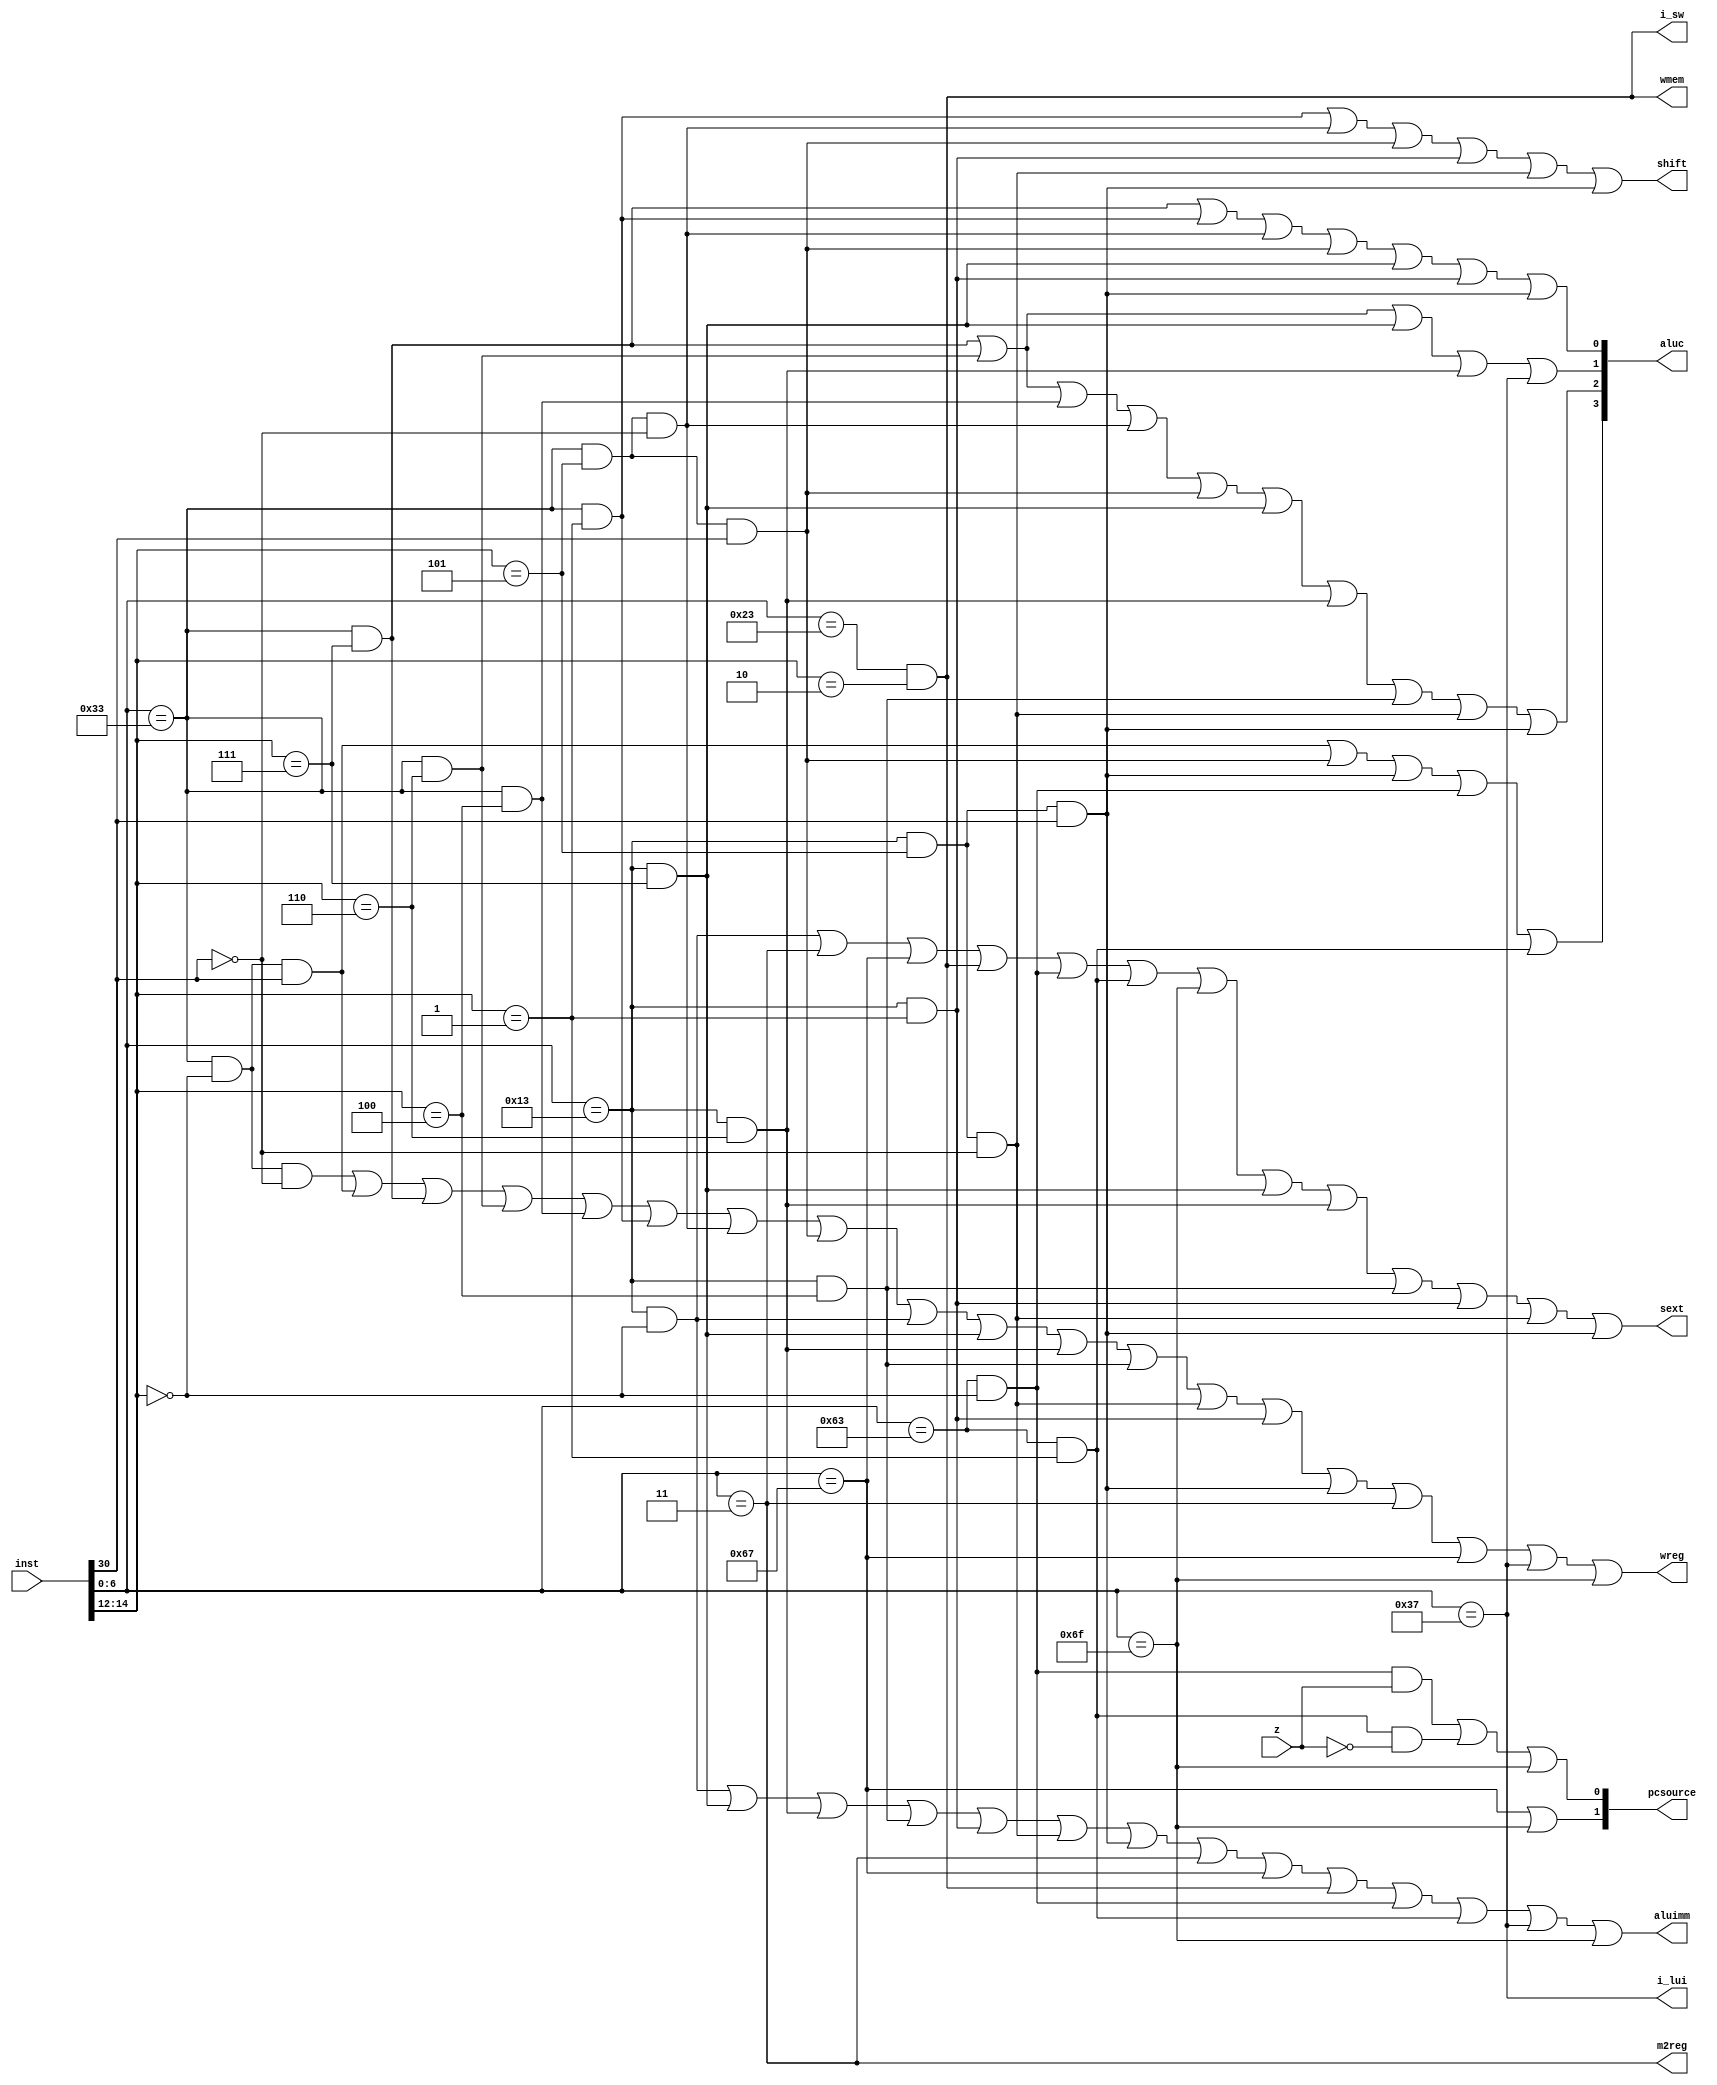
module sc_cu (inst, z, wmem, wreg,  m2reg, aluc, 
              aluimm, pcsource, sext,i_lui,i_sw,shift);
   input  [31:0] inst;
   input        z;
   output       wreg,m2reg,aluimm,sext,wmem,i_lui,i_sw,shift;
   output [3:0] aluc;
   output [1:0] pcsource;
   wire [6:0] op = inst[6:0];
   wire [2:0] func3 = inst[14:12];
   wire [6:0] func7 = inst[31:25];
   
   wire r_type = (op == 7'b0110011);
   wire i_type = (op == 7'b0010011);
   //R type
   wire i_add = r_type &  (func3 == 3'b000 ) & ~inst[30];           //0000
   wire i_sub = r_type &  (func3 == 3'b000 )& inst[30];             //0001
      


   //  please complete the deleted code.
   
   
   wire i_and = r_type & (func3 == 3'b111 );          //111
   wire i_or  = r_type & (func3 == 3'b110 );          //110
   wire i_xor = r_type & (func3 == 3'b100 );          //100
   wire i_sll = r_type & (func3 == 3'b001 );          //001
   wire i_srl = r_type & (func3 == 3'b101 ) & ~inst[30];          //101,0
   wire i_sra = r_type & (func3 == 3'b101 ) &  inst[30];          //101,1

   //I type
   wire i_addi = i_type & (func3 == 3'b000 );          //000
   wire i_andi = i_type & (func3 == 3'b111 );          //111
   wire i_ori  = i_type & (func3 == 3'b110 );          //110      
   wire i_xori = i_type & (func3 == 3'b100 );          //100
   wire i_slli = i_type & (func3 == 3'b001 );          //001
   wire i_srli = i_type & (func3 == 3'b101 ) & ~inst[30];          //101,0
   wire i_srai = i_type & (func3 == 3'b101 ) &  inst[30];          //101,1

   wire i_lw   = (op == 7'b0000011);
   wire i_jalr = (op == 7'b1100111);     

   //S type
   wire i_sw   = (op == 7'b0100011) & (func3 == 3'b010);
   //SB type 
   wire i_beq  = (op == 7'b1100011) & (func3 == 3'b000);
   wire i_bne  = (op == 7'b1100011) & (func3 == 3'b001);
   //U type 
   wire i_lui  =  (op == 7'b0110111);
   //UJ type
   wire i_jal  =  (op == 7'b1101111);  
  
   assign pcsource[1] = i_jalr | i_jal;
   assign pcsource[0] = ( i_beq & z ) | (i_bne & ~z) | i_jal ;
   
   assign wreg = i_add | i_sub | i_and | i_or   | i_xor  |
                 i_sll | i_srl | i_sra | i_addi | i_andi |
                 i_ori | i_xori | i_srli | i_slli | i_srai | i_lw | i_jalr | i_lui  | i_jal;
   
 
   assign aluc[3] = i_sub | i_sra | i_srai | i_beq | i_bne;
   assign aluc[2] = i_and | i_or | i_xor | i_srl | i_sra | i_andi |
                    i_ori | i_xori | i_srli | i_srai; 
   assign aluc[1] = i_and | i_or | i_andi | i_ori | i_lui;
   assign aluc[0] = i_and | i_sll | i_srl | i_sra | i_andi | i_slli | i_srai;
  
   assign aluimm  = i_addi | i_andi | i_ori | i_xori | i_slli | i_srli | i_srai | i_lw | i_jalr |
                    i_sw | i_beq | i_bne | i_lui | i_jal;
   assign sext    = i_addi | i_lw | i_jalr | i_sw | i_beq | i_bne | i_jal | i_andi |i_ori |i_xori |i_slli |i_srli |i_srai; //add itype
   assign wmem    = i_sw;
   assign m2reg   = i_lw;
   assign shift   = i_sll | i_srl | i_sra | i_slli | i_srli | i_srai;
   endmodule